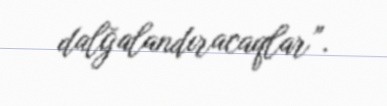
dalğalandıracaqlar”.